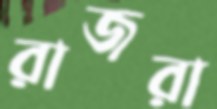
রাজরা